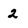
Character: 2